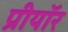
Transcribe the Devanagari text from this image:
प्रीयॉर